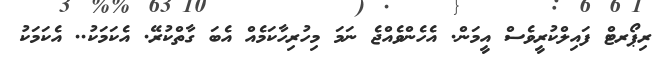
ރިޕޯރޓް ފައިލްކުރީވެސް އީމަން. އެހެންވެއްޖެ ނަމަ މިހުރިހާކަމެއް އެބަ ގާތްކުރޭ. އެކަމަކު.. އެކަމަކު